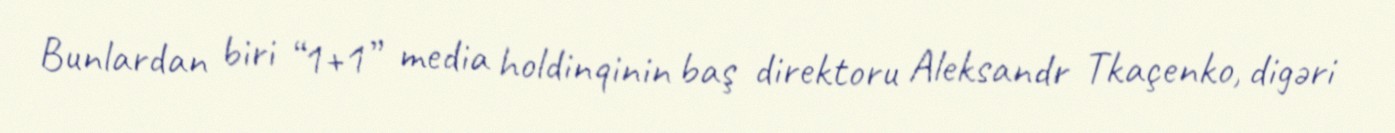
Bunlardan biri “1+1” media holdinqinin baş direktoru Aleksandr Tkaçenko, digəri